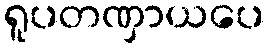
ရူပတဏှာယပေ